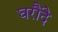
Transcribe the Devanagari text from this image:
घरौंदे